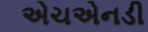
એચએનડી